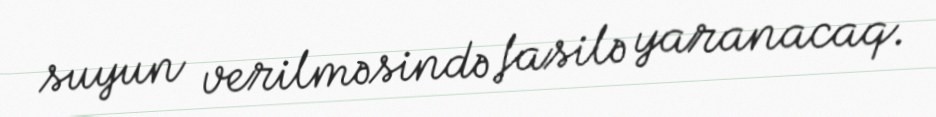
suyun verilməsində fasilə yaranacaq.